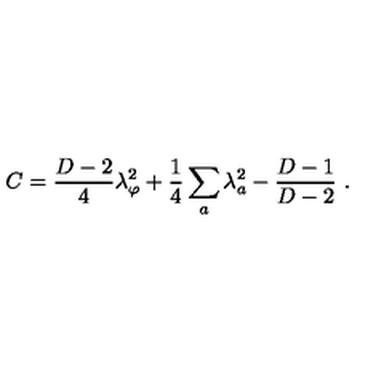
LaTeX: C = { \frac { D - 2 } { 4 } } \lambda _ { \varphi } ^ { 2 } + { \frac { 1 } { 4 } } \sum _ { a } \lambda _ { a } ^ { 2 } - { \frac { D - 1 } { D - 2 } } \ .